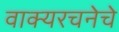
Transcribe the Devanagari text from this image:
वाक्यरचनेचे